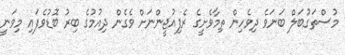
މުސްތަގުބަލް ބަނަވެ ދިވެހިން ތިމާވެށީގެ ރެފިއުޖީންނަށް ވެގެން ދިއުމުގެ ބިރު ބޮޑުވެފައި މިވަނީ